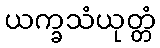
ယက္ခသံယုတ္တံ